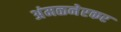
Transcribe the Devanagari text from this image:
अंमळनेरकर